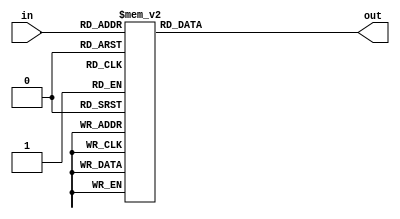
// convert 0 ~ f to NUM_0 ~ NUM_F:

module convert (
    input [3:0] in,
    output reg [7:0] out
);
    localparam NUM_0 = 8'b00000011;
    localparam NUM_1 = 8'b10011111;
    localparam NUM_2 = 8'b00100101;
    localparam NUM_3 = 8'b00001101;
    localparam NUM_4 = 8'b10011001;
    localparam NUM_5 = 8'b01001001;
    localparam NUM_6 = 8'b01000001;
    localparam NUM_7 = 8'b00011111;
    localparam NUM_8 = 8'b00000001;
    localparam NUM_9 = 8'b00001001;
    localparam NUM_A = 8'b00010001;
    localparam NUM_B = 8'b11000001;
    localparam NUM_C = 8'b01100011;
    localparam NUM_D = 8'b10000101;
    localparam NUM_E = 8'b01100001;
    localparam NUM_F = 8'b01110001;

    always @ (*) begin
        case (in)
            4'h0: out = NUM_0;
            4'h1: out = NUM_1;
            4'h2: out = NUM_2;
            4'h3: out = NUM_3;
            4'h4: out = NUM_4;
            4'h5: out = NUM_5;
            4'h6: out = NUM_6;
            4'h7: out = NUM_7;
            4'h8: out = NUM_8;
            4'h9: out = NUM_9;
            4'ha: out = NUM_A;
            4'hb: out = NUM_B;
            4'hc: out = NUM_C;
            4'hd: out = NUM_D;
            4'he: out = NUM_E;
            4'hf: out = NUM_F;
        endcase
    end
endmodule